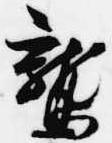
鷲